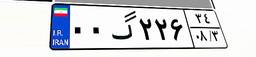
۰۰گ۲۲۶۳۴